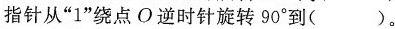
指针从”1”绕点O逆时针旋转90^{\circ}到( )。